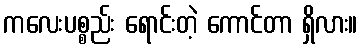
ကလေးပစ္စည်း ရောင်းတဲ့ ကောင်တာ ရှိလား။